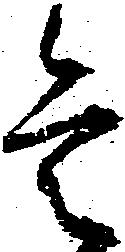
是